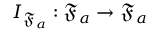
I _ { \mathfrak { F } _ { a } } : \mathfrak { F } _ { a } \to \mathfrak { F } _ { a }